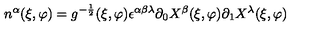
n ^ { \alpha } ( \xi , \varphi ) = g ^ { - \frac { 1 } { 2 } } ( \xi , \varphi ) \epsilon ^ { \alpha \beta \lambda } \partial _ { 0 } X ^ { \beta } ( \xi , \varphi ) \partial _ { 1 } X ^ { \lambda } ( \xi , \varphi )